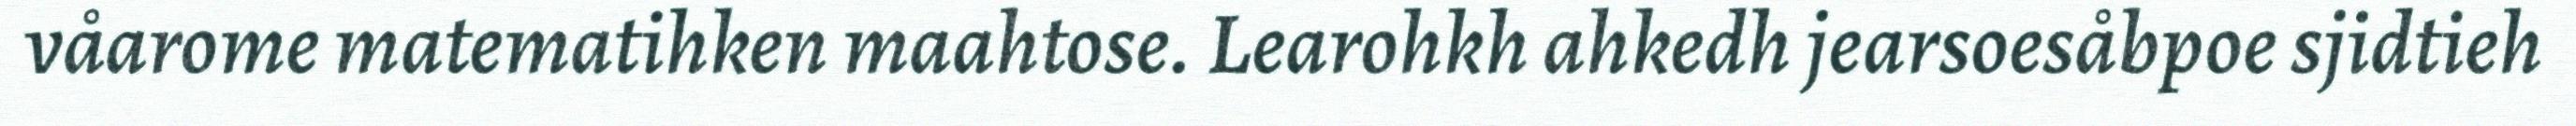
våarome matematihken maahtose. Learohkh ahkedh jearsoesåbpoe sjidtieh